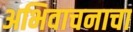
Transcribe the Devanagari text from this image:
अभिवाचनाचा